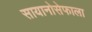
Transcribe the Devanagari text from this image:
सायानोसेफाला